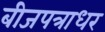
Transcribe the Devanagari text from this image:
बीजपत्राधर